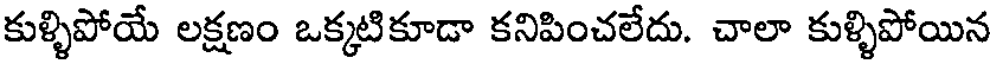
కుళ్ళిపోయే లక్షణం ఒక్కటికూడా కనిపించలేదు. చాలా కుళ్ళిపోయిన